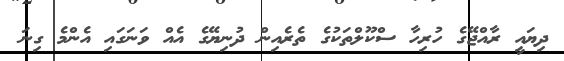
ދިޔައީ ރާއްޖޭގެ ހުރިހާ ސްކޫލްތަކުގެ ތެރެއިން ދުނިޔޭގެ އެއްް ވަނަގައި އެންމެ ގިނަ